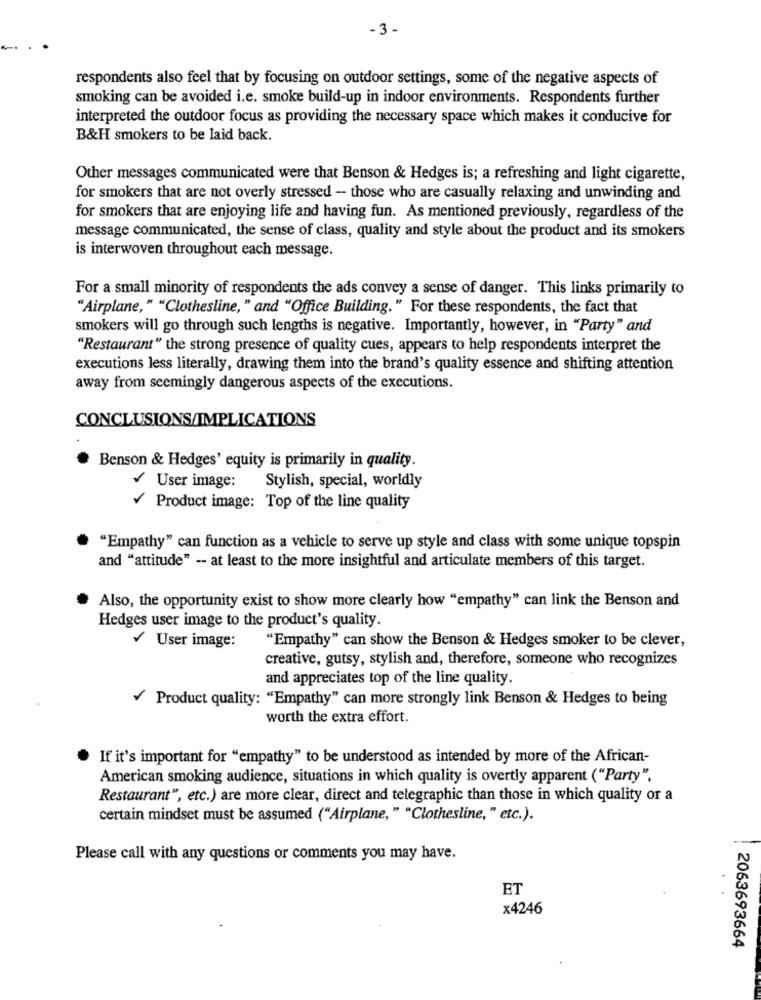
-3 -
respondents also feel that by focusing on outdoor settings, some of the negative aspects of
smoking can be avoided i.e. smoke build-up in indoor environments. Respondents further
interpreted the outdoor focus as providing the necessary space which makes it conducive for
B&H smokers to be laid back.
Other messages communicated were that Benson & Hedges is; a refreshing and light cigarette,
for smokers that are not overly stressed - those who are casually relaxing and unwinding and
for smokers that are enjoying life and having fun. As mentioned previously, regardless of the
message communicated, the sense of class, quality and style about the product and its smokers
is interwoven throughout each message.
For a small minority of respondents the ads convey a sense of danger. This links primarily to
"Airplane, " "Clothesline, " and "Office Building. " For these respondents, the fact that
smokers will go through such lengths is negative. Importantly, however, in "Party" and
"Restaurant" the strong presence of quality cues, appears to help respondents interpret the
executions less literally, drawing them into the brand's quality essence and shifting attention
away from seemingly dangerous aspects of the executions.
CONCLUSIONS/IMPLICATIONS
Benson & Hedges' equity is primarily in quality.
/ User image:
Stylish, special, worldly
Product image: Top of the line quality
"Empathy" can function as a vehicle to serve up style and class with some unique topspin
and "attitude" -- at least to the more insightful and articulate members of this target.
Also, the opportunity exist to show more clearly how "empathy" can link the Benson and
Hedges user image to the product's quality.
User image:
"Empathy" can show the Benson & Hedges smoker to be clever,
creative, gutsy, stylish and, therefore, someone who recognizes
and appreciates top of the line quality.
Product quality: "Empathy" can more strongly link Benson & Hedges to being
worth the extra effort.
If it's important for "empathy" to be understood as intended by more of the African-
American smoking audience, situations in which quality is overtly apparent ("Party",
Restaurant", etc.) are more clear, direct and telegraphic than those in which quality or a
certain mindset must be assumed ("Airplane, " "Clothesline, " etc.).
Please call with any questions or comments you may have.
ET
x4246
2063693664